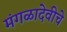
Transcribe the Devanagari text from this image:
मंगळादेवीचे